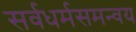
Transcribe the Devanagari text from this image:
सर्वधर्मसमन्वय